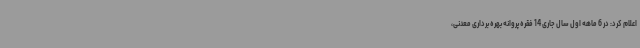
اعلام کرد: در 6 ماهه اول سال جاری 14 فقره پروانه بهره برداری معدنی،